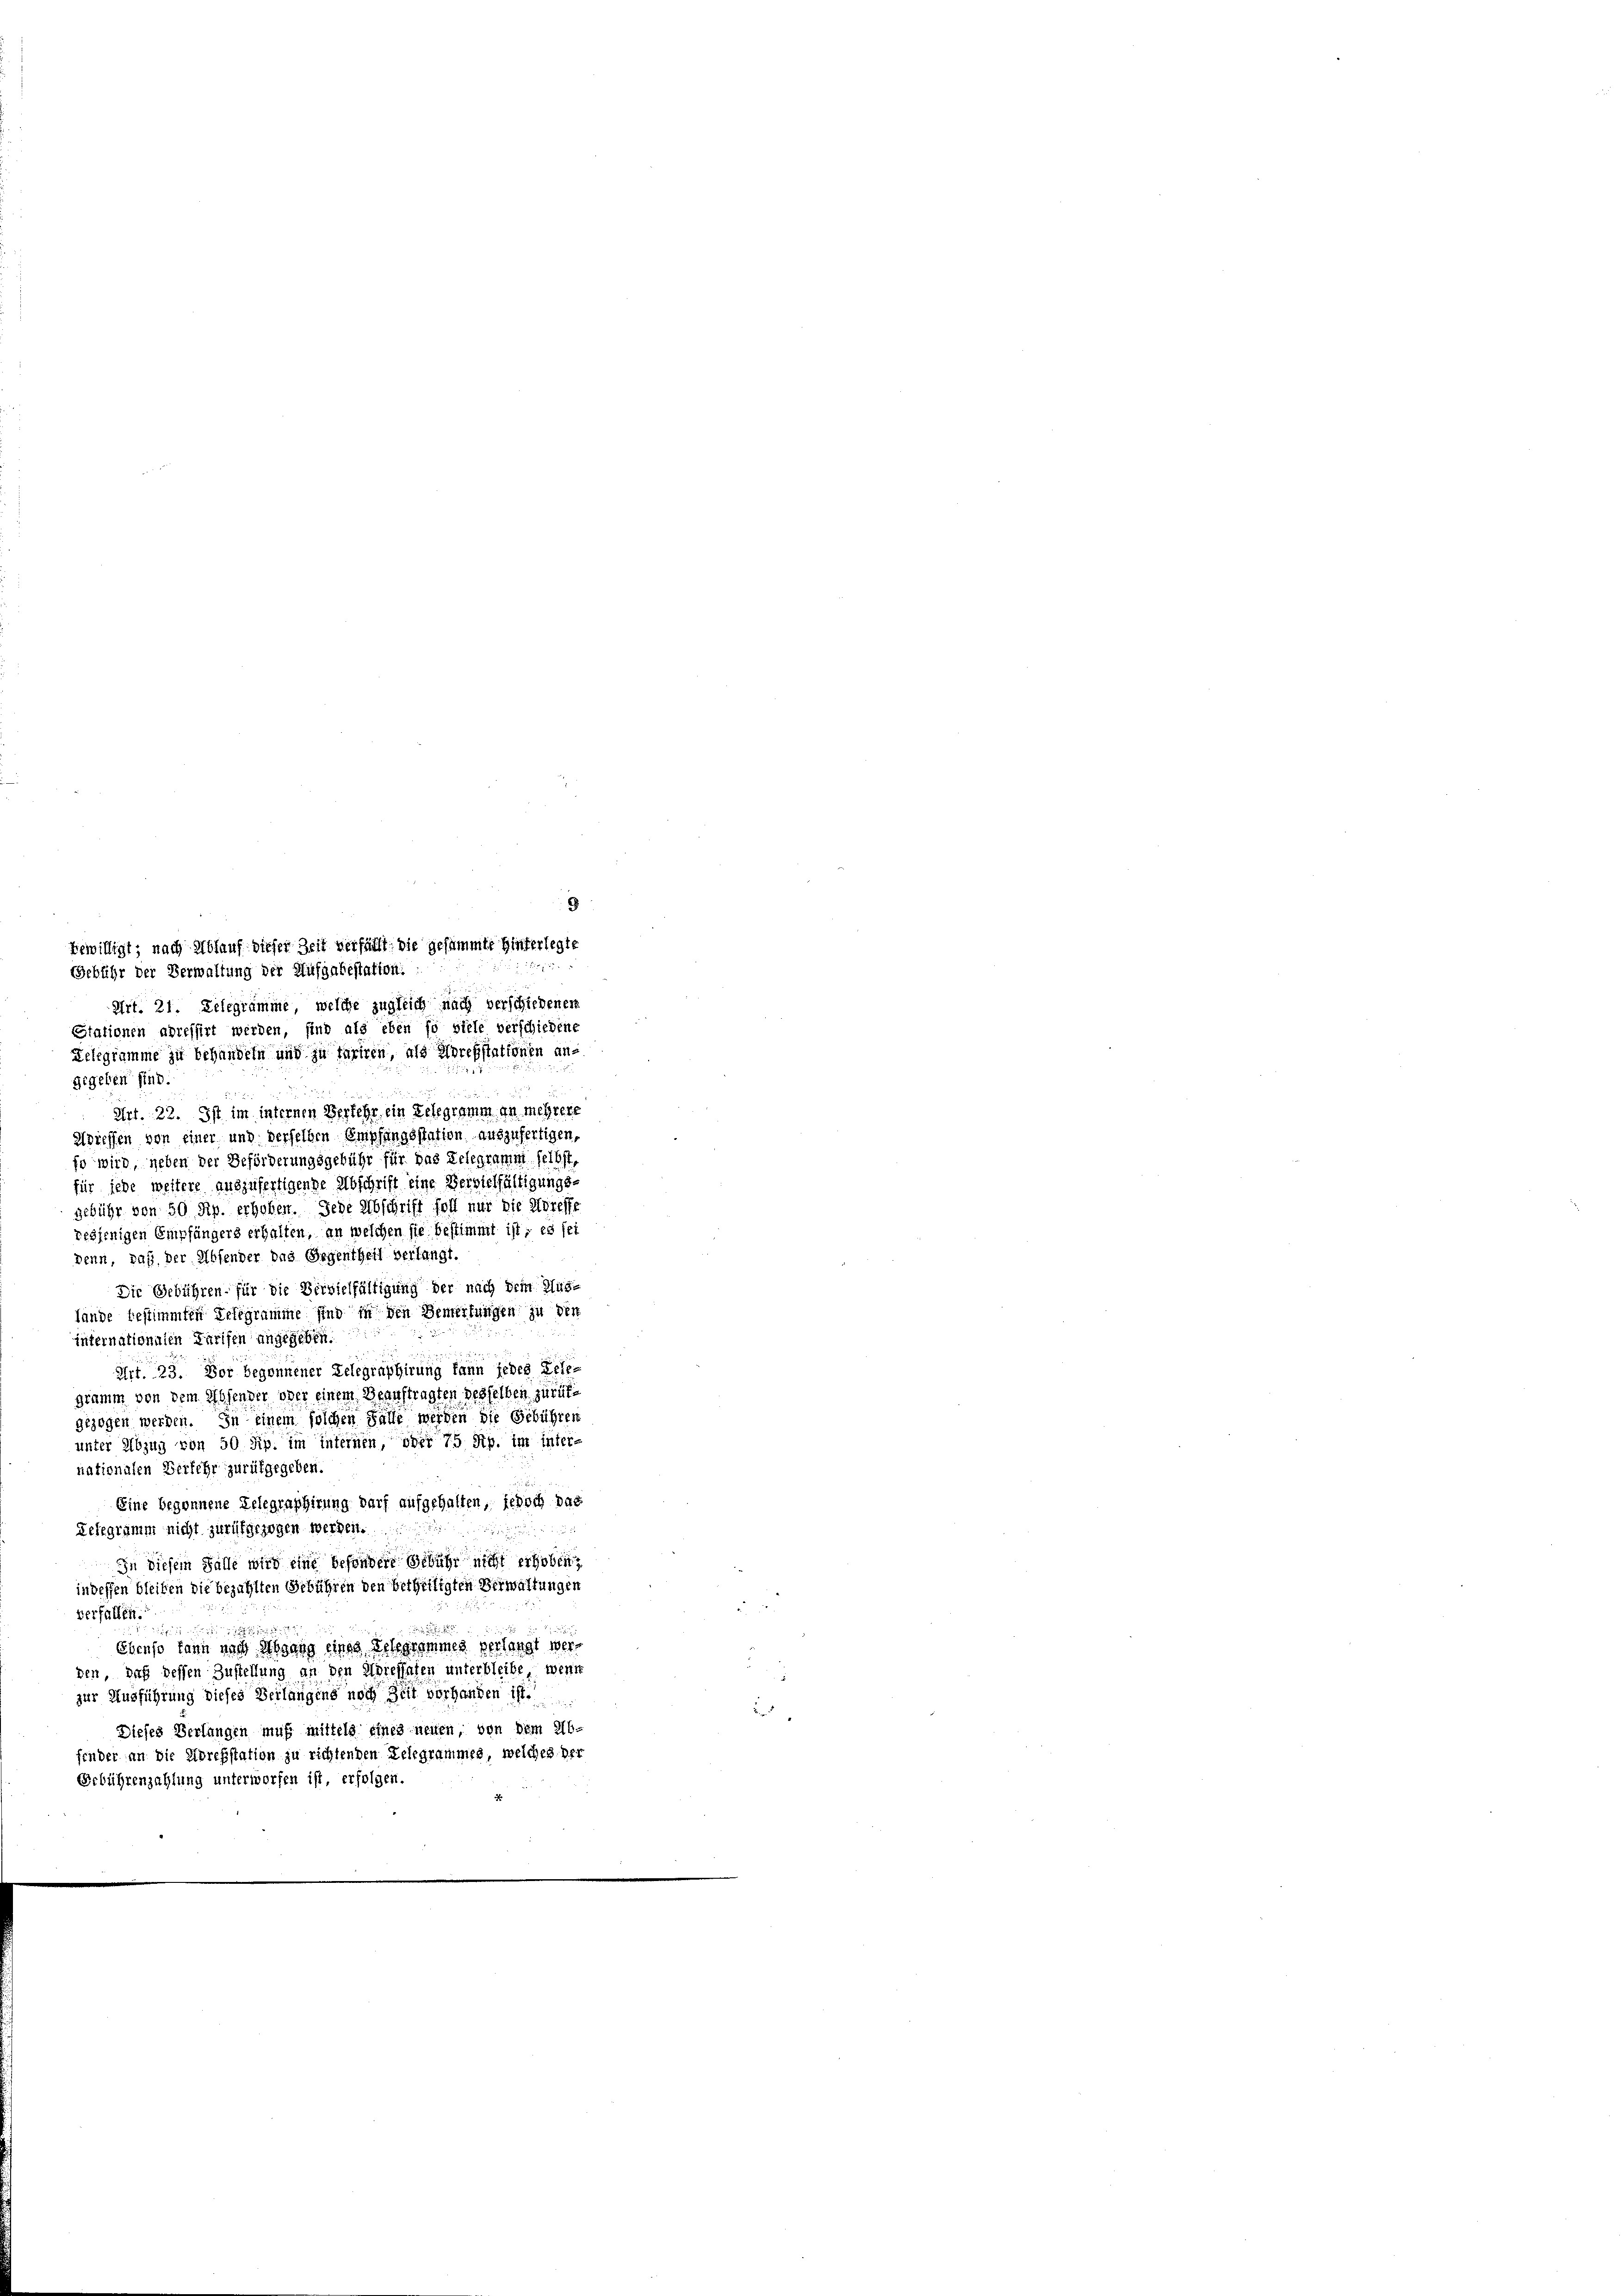
Art. 21. Delegramme, welche zugleich nach verschiedenen
Stationen adressirt werden, sind als eben so viele verschiedene
Relegramme zu behandeln und zu taxiren, als Horebstationen an-
gegeben sind.
Art. 22. Ist im internen Verkehr ein Telegramm in mehrere
Wieffen von einer und derselben Empfangsstation auszufertigen,
so wird, neben der Beförderungsgebühr für das Telegramm selbst,
für jede weitere auszufertigende Abschrift eine Bersielfältigungs-
gebühr von 50 Rp. erhoben. Jede Abschrift foll nur die Adresse
resjenigen Empfängers erhalten, an welchen sie bestimmt ist, es sei
Denn, daß der Absender das Gegentheil verlangt.
Die Gebühren für die Beivielfältigung der nach dem Hus-
fände bestimmten Telegramme sind in den Bemerkungen zu den
internationalen Tarifen angegeben.
Art. 23. Vor begonnener Gelegraphirung kann jedes Gele¬
Damm von dem Absender oder einem Beauftragten desselben zurückgezogen werden. In einem solchen Falle werden die Gebühren
unter Abzug von 50 Rp. im Internen, oder 75 Rp. im internationalen Verkehr zurükgegeben.
Eine begonnene Gelegraphirung darf aufgehalten, jedoch das
Lelzgramm nicht zurükgezogen werden.
d
In diesem Falle wird eine besondere Gebühr nicht erhoben,
indessen bleiben die bezahlten Gebühren den betheiligten Verwaltungen
verfüllen.

Ebenso kann nach Abgang eines Telegrammes verlangt wergen, daß dessen Zustellung an den Horessaten unterbleibe, wenn
zur Ausführung dieses Beilangens noch zeit vorhanden ist.
Dieses Verlangen muß mittels eines neuen, von dem Ab-
finder an die Adressstation zu richtenden Telegrammes, welches der
Gebührenzahlung unterworfen ist, erfolgen

bewilligt; nach Ablauf dieser Zeit verfällt die gesammte Hinterlegte
Gebühr der Verwaltung der Aufgabestation: